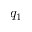
q _ { 1 }